Report on the Nagpur School of Medicine, Central Provinces
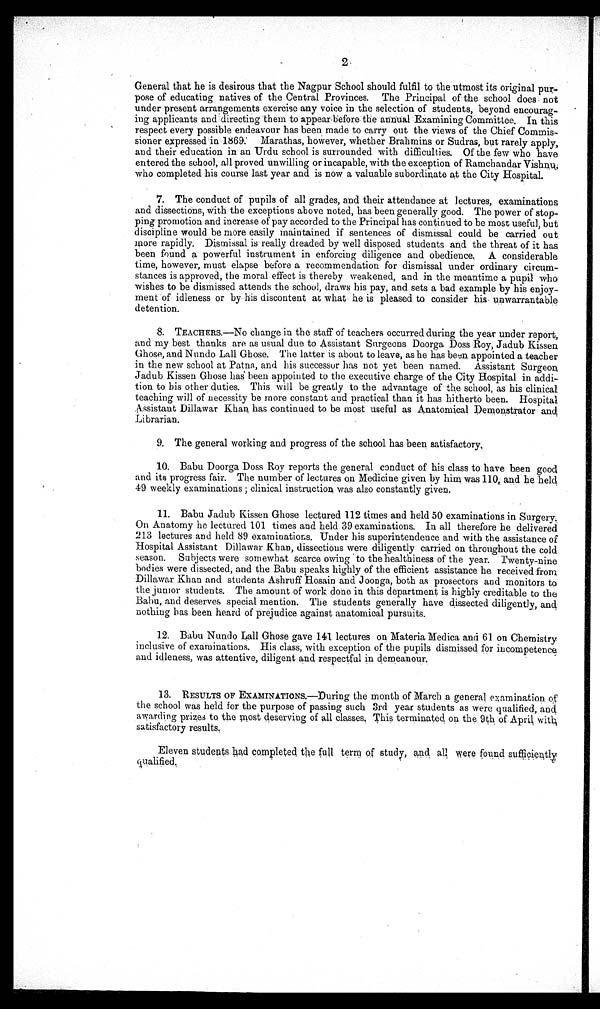
General that he is desirous that the Nagpur School should fulfil to the utmost its original pur-
pose of educating natives of the Central Provinces. The Principal of the school does not
under present arrangements exercise any voice in the selection of students, beyond encourag-
ing applicants and directing them to appear before the annual-Examining Committee. In this
respect every possible endeavour has been made to carry out the views of the Chief Commis-
sioner expressed in 1869. Marathas, however, whether Brahmins or Sudras, but rarely apply,
and their education in an Urdu school is surrounded with difficulties. Of the few who have
entered the school, all proved unwilling or incapable, with the exception of Ramchandar Vishnu,
who completed his course last year and is now a valuable subordinate at the City Hospital.
7. The conduct of pupils of all grades, and their attendance at lectures, examinations
and dissections, with the exceptions above noted, has been generally good. The power of stop-
ping promotion and increase of pay accorded to the Principal has continued to be most useful, but
discipline would be more easily maintained if sentences of dismissal could be carried out
more rapidly. Dismissal is really dreaded by well disposed students and the threat of it has
been found a powerful instrument in enforcing diligence and obedience. A considerable
time, however, must elapse before a recommendation for dismissal under ordinary circum-
stances is approved, the moral effect is thereby weakened, and in the meantime a pupil who
wishes to be dismissed attends the school, draws his pay, and sets a bad example by his enjoy-
ment of idleness or by his discontent at what he is pleased to consider his unwarrantable
detention.
8. TEACHERS.—No change in the staff of teachers occurred during the year under report,
and my best thanks are as usual due to Assistant Surgeons Doorga Doss Roy, Jadub Kissen
Ghose, and Nundo Lall Ghose. The latter is about to leave, as he has been appointed a teacher
in the new school at Patna, and his successor has not yet been named. Assistant Surgeon
Jadub Kissen Ghose has been appointed to the executive charge of the City Hospital in addi-
tion to his other duties. This will be greatly to the advantage of the school, as his clinical
teaching will of necessity be more constant and practical than it has hitherto been. Hospital
Assistant Dillawar Khan has continued to be most useful as Anatomical Demonstrator and
Librarian.
9. The general working and progress of the school has been satisfactory,
10. Babu Doorga Doss Roy reports the general conduct of his class to have been good
and its progress fair. The number of lectures on Medicine given by him was 110, and he held
49 weekl y exami nati ons; cl i ni cal i nstructi on was al so constantl y gi ven.
11. Babu Jadub Kissen Ghose lectured 112 times and held 50 examinations in Surgery.
On Anatomy he lectured 101 times and held 39 examinations. In all therefore he delivered
213 lectures and held 89 examinations. Under his superintendence and with the assistance of
Hospital Assistant Dillawar Khan, dissections were diligently carried on throughout the cold
season. Subjects were somewhat scarce owing to the healthiness of the year. Twenty-nine
bodies were dissected, and the Babu speaks highly of the efficient assistance he received from
Dillawar Khan and students Ashruff Hosain and Joonga, both as prosectors and monitors to
the junior students. The amount of work done in this department is highly creditable to the
Babu, and deserves special mention. The students generally have dissected diligently, and
nothing has been heard of prejudice against anatomical pursuits.
12. Babu Nundo Lall Ghose gave 141 lectures on Materia Medica and 61 on Chemistry
inclusive of examinations. His class, with exception of the pupils dismissed for incompetence
and idleness, was attentive, diligent and respectful in demeanour.
13. RESULTS OF EXAMINATIONS..—During the month of March a general examination of
the school was held for the purpose of passing such 3rd year students as were qualified, and
awarding prizes to the most deserving of all classes. This terminated on the 9th of April with
satisfactory results.
Eleven students had completed the full term of study, and all were found sufficiently qualified.